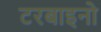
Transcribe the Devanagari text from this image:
टरबाइनो